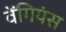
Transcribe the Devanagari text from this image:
वेंगियंस